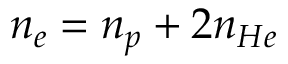
n _ { e } = n _ { p } + 2 n _ { H e }